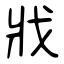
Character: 戕